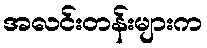
အလင်းတန်းများက